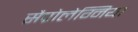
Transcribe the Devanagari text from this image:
सैप्रोलेग्निया